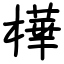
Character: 樺